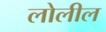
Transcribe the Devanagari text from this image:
लोलील